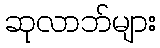
ဆုလာဘ်များ